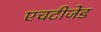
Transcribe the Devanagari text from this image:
एचटीजेड